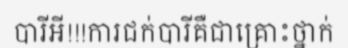
បារីអី!!!ការជក់បារីគឺជាគ្រោះថ្នាក់